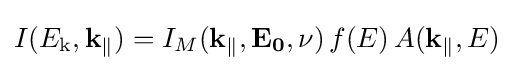
I(E_{\text{k}},\mathbf {k_{\Vert }} )=I_{M}(\mathbf {k_{\Vert }} ,\mathbf {E_{0}} ,\nu )\,f(E)\,A(\mathbf {k_{\Vert }} ,E)